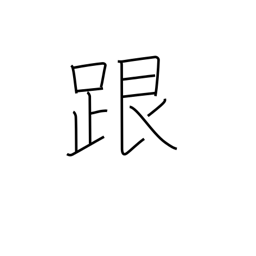
Meaning: heel